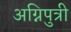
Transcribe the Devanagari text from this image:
अग्निपुत्री